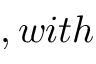
, w i t h